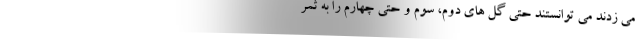
می ‌زدند می ‌توانستند حتی گل‌ های دوم، سوم و حتی چهارم را به ثمر